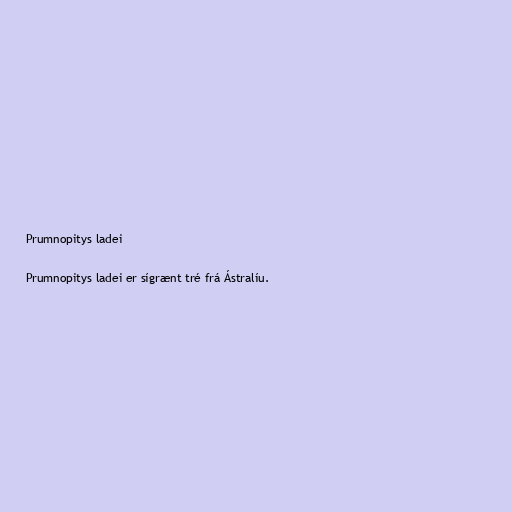
Prumnopitys ladei

Prumnopitys ladei er sígrænt tré frá Ástralíu.